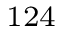
^ \mathrm { 1 2 4 }